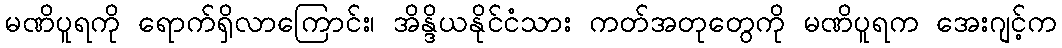
မဏိပူရကို ရောက်ရှိလာကြောင်း၊ အိန္ဒိယနိုင်ငံသား ကတ်အတုတွေကို မဏိပူရက အေးဂျင့်က